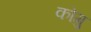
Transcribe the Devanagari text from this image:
कोगु